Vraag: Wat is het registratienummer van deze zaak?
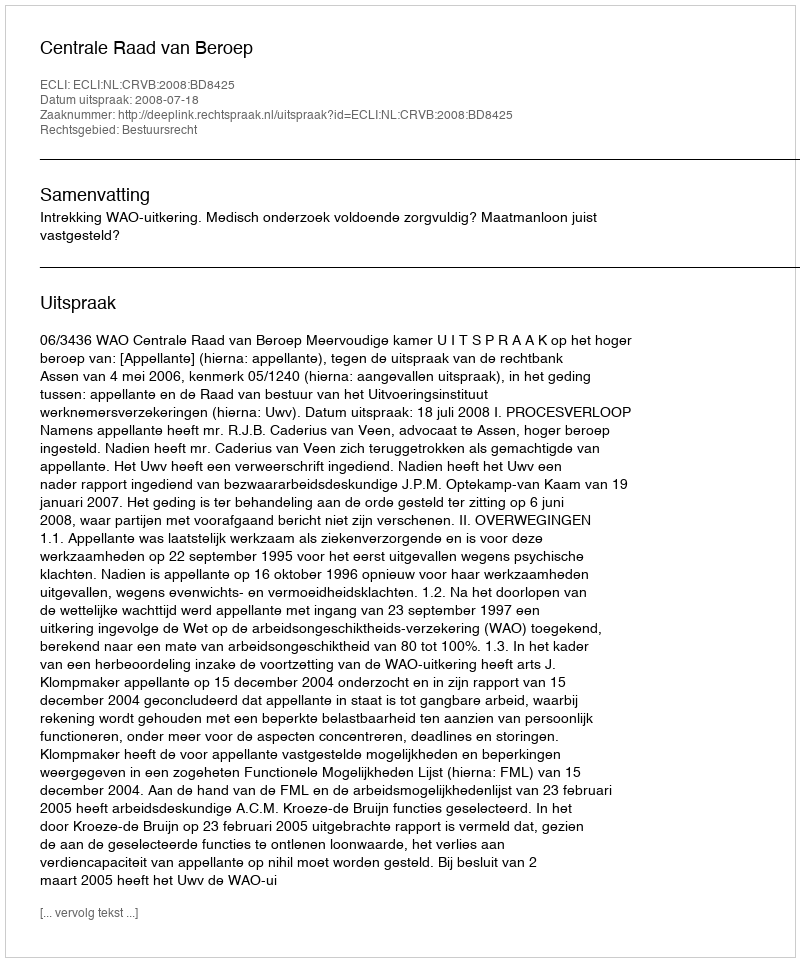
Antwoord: http://deeplink.rechtspraak.nl/uitspraak?id=ECLI:NL:CRVB:2008:BD8425